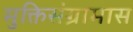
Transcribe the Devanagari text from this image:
मुक्तिसंग्रामास